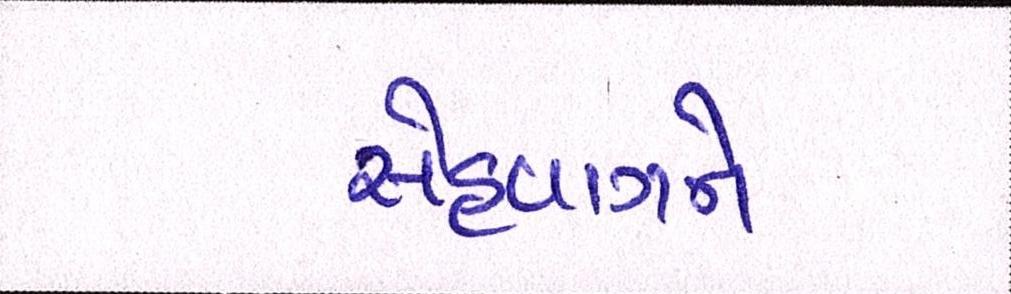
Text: સેહવાગને